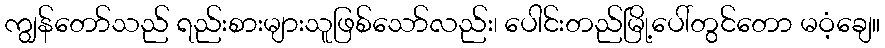
ကျွန်တော်သည် ရည်းစားများသူဖြစ်သော်လည်း၊ ပေါင်းတည်မြို့ပေါ်တွင်တော မဝံ့ချေ။